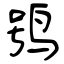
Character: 鸮